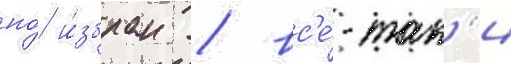
но́ и́збран / вс'е́-так'и